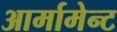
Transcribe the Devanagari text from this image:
आर्मामेन्ट